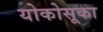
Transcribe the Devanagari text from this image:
योकोसूका